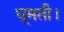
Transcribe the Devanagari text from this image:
घूमती।